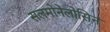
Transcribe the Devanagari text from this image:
सलमोनेलोसिन